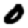
Digit: 0